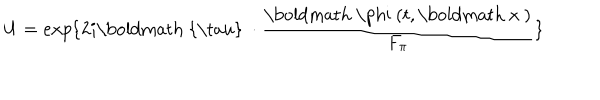
U = e x p { \{ 2 i \mathrm { \boldmath ~ { \ t a u } ~ } \cdot \frac { \mathrm { \boldmath ~ \ p h i ~ } ( t , \mathrm { \boldmath ~ x ~ } ) } { F _ { \pi } } \} }